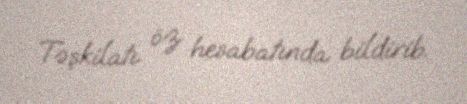
Təşkilatı öz hesabatında bildirib.